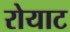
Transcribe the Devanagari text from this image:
रोयाट